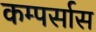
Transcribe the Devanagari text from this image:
कम्पर्सास